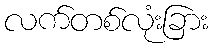
လက်တစ်လုံးခြား